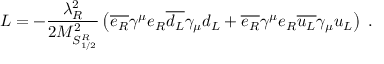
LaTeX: { \cal L } = - \frac { \lambda _ { R } ^ { 2 } } { 2 M _ { { \cal S } _ { 1 / 2 } ^ { R } } ^ { 2 } } \left( \overline { { { e _ { R } } } } \gamma ^ { \mu } e _ { R } \overline { { { d _ { L } } } } \gamma _ { \mu } d _ { L } + \overline { { { e _ { R } } } } \gamma ^ { \mu } e _ { R } \overline { { { u _ { L } } } } \gamma _ { \mu } u _ { L } \right) \; .